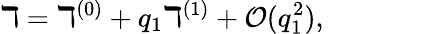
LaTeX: \daleth=\daleth^{(0)}+q_{1}\daleth^{(1)}+\mathcal{O}(q_{1}^{2}),~~~~~~~~~~~~~~